Report on vaccination in the Province of Bengal - 1874-1889
Year: 1874
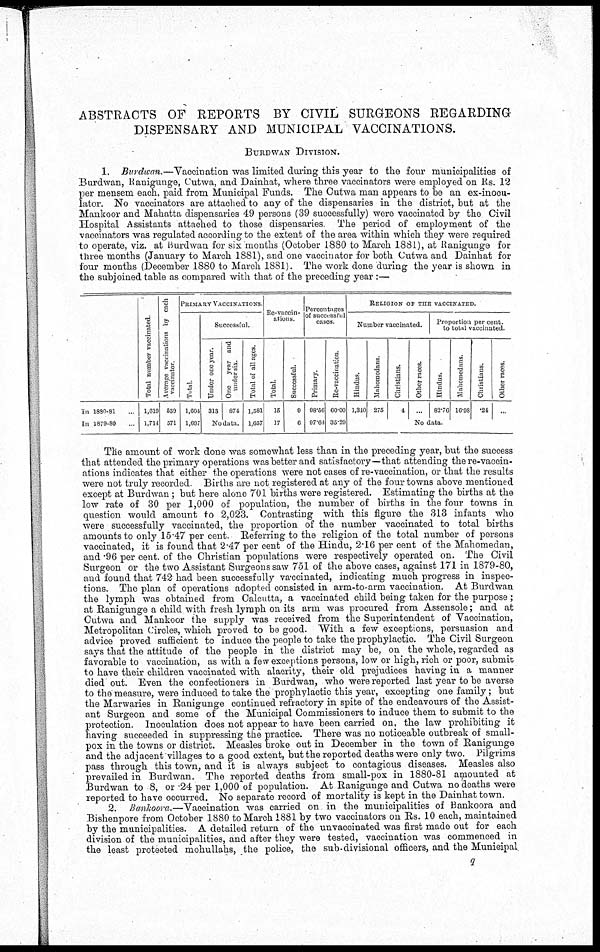
ABSTRACTS OF REPORTS BY CIVIL SURGEONS REGARDING
DISPENSARY AND MUNICIPAL VACCINATIONS.
BURDWAN DIVISION.
1. Burdwan.—Vaccination was limited during this year to the four municipalities of
Burdwan, Ranigunge, Cutwa, and Dainhat, where three vaccinators were employed on Rs. 12
per mensem each, paid from Municipal Funds. The Cutwa man appears to be an ex-inocu-
lator. No vaccinators are attached to any of the dispensaries in the district, but at the
Mankoor and Mahatta dispensaries 49 persons (39 successfully) were vaccinated by the Civil
Hospital Assistants attached to those dispensaries. The period of employment of the
vaccinators was regulated according to the extent of the area within which they were required
to operate, viz. at Burdwan for six months (October 1880 to March 1881), at Ranigunge for
three months (January to March 1881), and one vaccinator for both Cutwa and Dainhat for
four months (December 1880 to March 1881). The work done during the year is shown in
the subjoined table as compared with that of the preceding year:—
In 1880-81
In 1879-80
Total number vaccinated
1,610
1,714
Average vaccinations by each
vaccinator
539
571
PRIMARY VACCINATIONS
Total
1,604
1,697
Successful.
Under one year
313
One year and
under six
874
No data
Total of all ages.
1,581
1,657
Re-vaccin-
ations.
Total
15
17
Successful.
9
6
Percentages
of successful
cases
Primary
98.56
97.64
Re-vaccination
60.00
35.29
RELIGION OF THE VACCINATED.
Number vaccinated.
Hindus.
1,340
...
Mahomedans
275
Christians.
4
Other races
...
Proportion per cent
to total vaccinated.
Hindus.
82.76
Mahomedans.
16.98
Christians.
.24
No data
Other races.
...
...
The amount of work done was somewhat less than in the preceding year, but the success
that attended the primary operations was better and satisfactory—that attending there-vaccin-
ations indicates that either the operations were not cases of re-vaccination, or that the results
were not truly recorded Births are not registered at any of the four towns above mentioned
except at Burdwan; but here alone 701 births were registered. Estimating the births at the
low rate of 30 per 1,000 of population, the number of births in the four towns in
question would amount to 2,023. Contrasting with this figure the 313 infants who
were successfully vaccinated, the proportion of the number vaccinated to total births
amounts to only 15.47 per cent. Referring to the religion of the total number of persons
vaccinated, it is found that 2.47 per cent of the Hindu, 2.16 per cent of the Mahomedan,
and .96 per cent. of the Christian populations were respectively operated on. The Civil
Surgeon or the two Assistant Surgeons saw 751 of the above cases, against 171 in 1879-80,
and found that 742 had been successfully vaccinated, indicating much progress in inspec-
tions. The plan of operations adopted consisted in arm-to-arm vaccination. At Burdwan
the lymph was obtained from Calcutta, a vaccinated child being taken for the purpose ;
at Ranigunge a child with fresh lymph on its arm was procured from Assensole; and at
Cutwa and Mankoor the supply was received from the Superintendent of Vaccination,
Metropolitan Circles, which proved to be good. With a few exceptions, persuasion and
advice proved sufficient to induce the people to take the prophylactic. The Civil Surgeon
says that the attitude of the people in the district may be, on the whole, regarded as
favorable to vaccination, as with a few exceptions persons, low or high, rich or poor, submit
to have their children vaccinated with alacrity, their old prejudices having in a manner
died out. Even the confectioners in Burdwan, who were reported last year to be averse
to the measure, were induced to take the prophylactic this year, excepting one family; but
the Marwaries in Ranigunge continued refractory in spite of the endeavours of the Assist-
ant Surgeon and some of the Municipal Commissioners to induce them to submit to the
protection. Inoculation does not appear to have been carried on, the law prohibiting it
having succeeded in suppressing the practice. There was no noticeable outbreak of small-
pox in the towns or district. Measles broke out in December in the town of Ranigunge
and the adjacent villages to a good extent, but the reported deaths were only two. Pilgrims
pass through this town, and it is always subject to contagious diseases. Measles also
prevailed in Burdwan. The reported deaths from small-pox in 1880-81 amounted at
Burdwan to 8, or .24 per 1,000 of population. At Ranigunge and Cutwa no deaths were
reported to have occurred. No separate record of mortality is kept in the Dainhat town.
2. Bankoora.—Vaccination was carried on in the municipalities of Bankoora and
Bishenpore from October 1880 to March 1881 by two vaccinators on Rs. 10 each, maintained
by the municipalities. A detailed return of the unvaccinated was first made out for each
division of the municipalities, and after they were tested, vaccination was commenced in
the least protected mohullahs, the police, the sub-divisional officers, and the Municipal
q